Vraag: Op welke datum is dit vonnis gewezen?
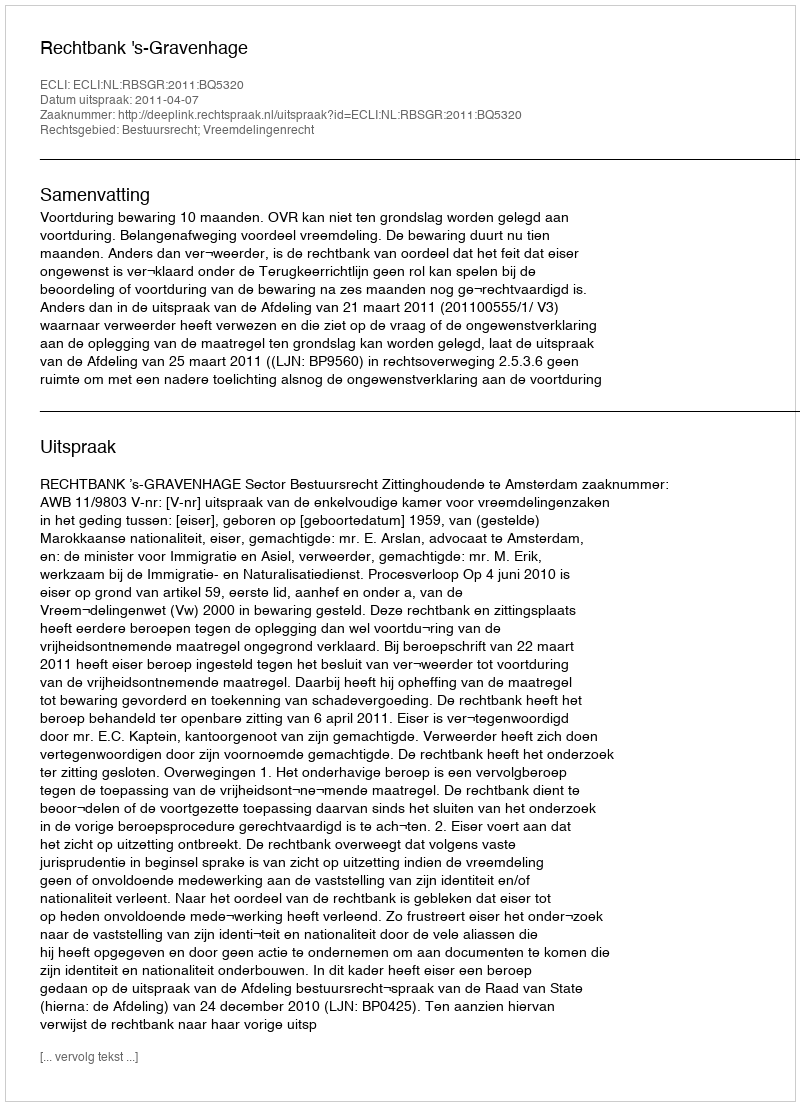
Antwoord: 2011-04-07